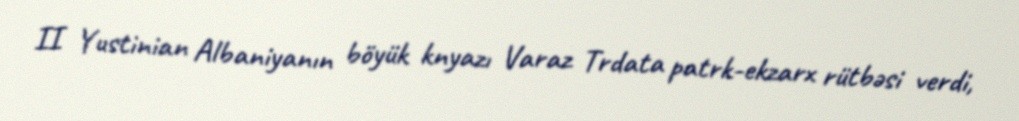
II Yustinian Albaniyanın böyük knyazı Varaz Trdata patrk-ekzarx rütbəsi verdi,